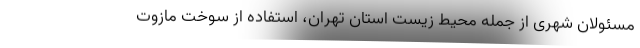
مسئولان شهری از جمله محیط زیست استان تهران، استفاده از سوخت مازوت